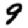
Digit: 9